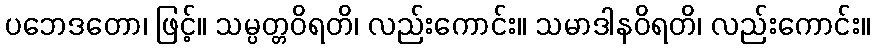
ပဘေဒတော၊ ဖြင့်။ သမ္ပတ္တဝိရတိ၊ လည်းကောင်း။ သမာဒါနဝိရတိ၊ လည်းကောင်း။